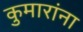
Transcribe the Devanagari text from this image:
कुमारांना